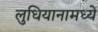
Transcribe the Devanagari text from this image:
लुधियानामध्ये